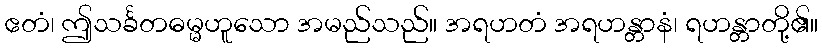
ဧတံ၊ ဤသင်္ခတဓမ္မဟူသော အမည်သည်။ အရဟတံ အရဟန္တာနံ၊ ရဟန္တာတို့၏။